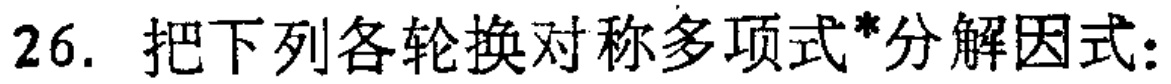
26. 把下列各轮换对称多项式*分解因式：